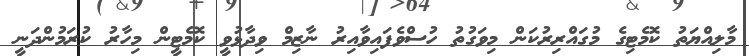
މާލިއްޔަތު ކޮމެޓިގެ މުގައްރިރުކަން މިވަގުތު ހުސްވެފައިވާއިރު ނާޒިމް ވިދާޅުވީ ކޮމެޓީން މިހާރު ކުރަމުންދަނީ